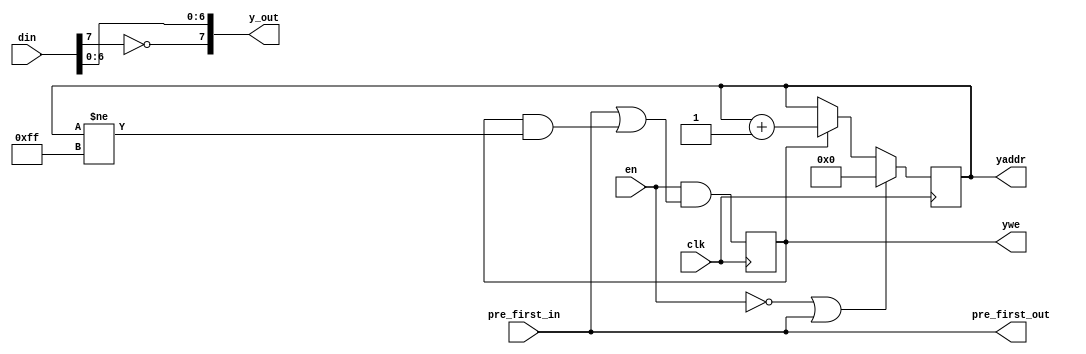
module csconvert_mono (en,
                       clk,
                       din,
                       pre_first_in,
                       y_out,
                       yaddr,
                       ywe,
                       pre_first_out);
    input        en;
    input        clk;			
    input  [7:0] din; 
    input        pre_first_in;      
    output [7:0] y_out;  
    output [7:0] yaddr; 
    output       ywe;	 
    output       pre_first_out;
    wire         pre_first_out= pre_first_in;
    wire   [7:0] y_out=         {~din[7],din[6:0]};
    reg    [7:0] yaddr;
    reg          ywe;
    always @ (posedge clk) begin
      ywe <= en & (pre_first_in || (ywe && (yaddr[7:0] !=8'hff)));
      if (!en || pre_first_in) yaddr[7:0] <= 8'h0;
      else if (ywe)            yaddr[7:0] <= yaddr[7:0] + 1;
    end
endmodule